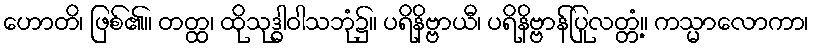
ဟောတိ၊ ဖြစ်၏။ တတ္ထ၊ ထိုသုဒ္ဓါဝါသဘုံ၌။ ပရိနိဗ္ဗာယီ၊ ပရိနိဗ္ဗာန်ပြုလတ္တံ့။ ကသ္မာလောကာ၊